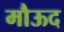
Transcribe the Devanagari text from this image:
मौऊद